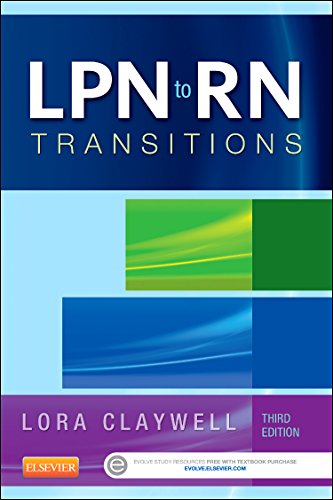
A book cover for LPN to RN Transitions, 3e; Lora Claywell MSN  RN; Medical Books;